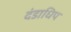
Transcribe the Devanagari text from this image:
दंडाधिप